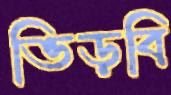
ভিড়বি